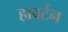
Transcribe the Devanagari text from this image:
हावर्टन